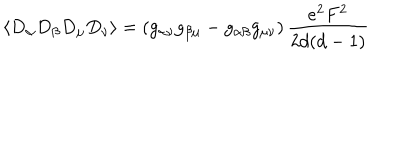
LaTeX: \langle D _ { \alpha } D _ { \beta } D _ { \mu } D _ { \nu } \rangle = \left( g _ { \alpha \nu } g _ { \beta \mu } - g _ { \alpha \beta } g _ { \mu \nu } \right) \frac { e ^ { 2 } F ^ { 2 } } { 2 d ( d - 1 ) }